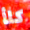
كلأ